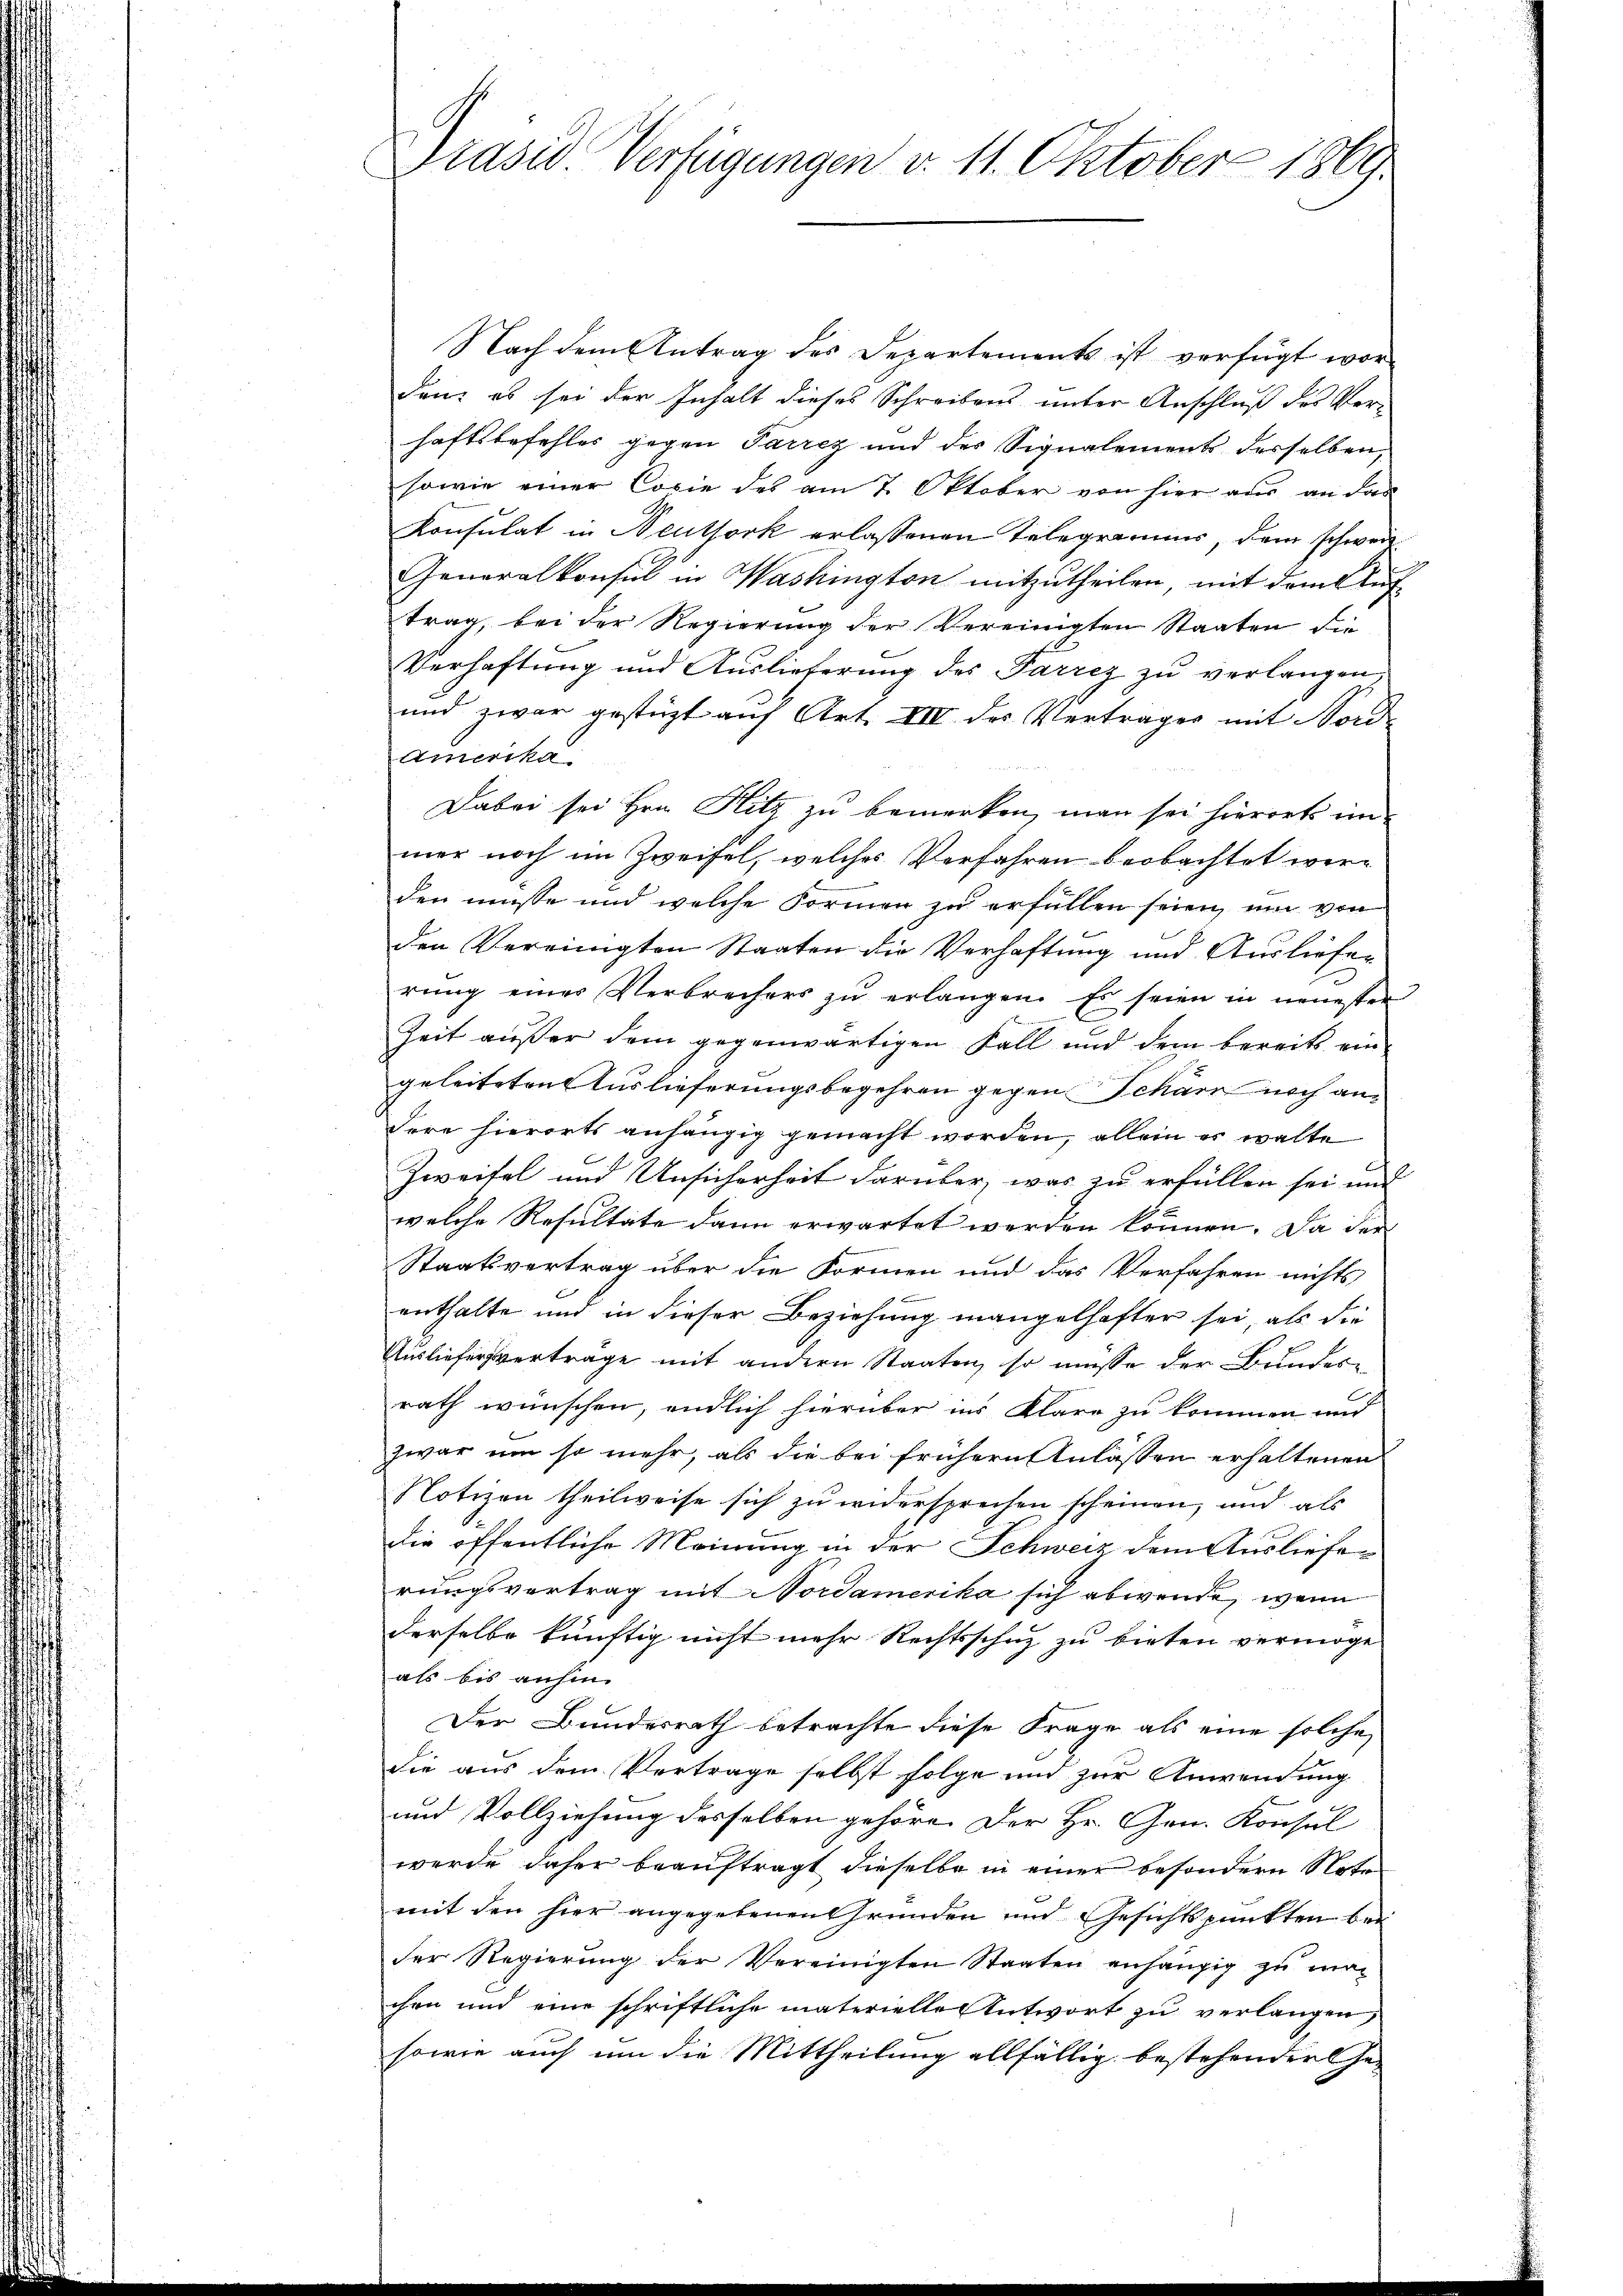
Präsid Verfügungen v. 11. Oktober 1869.

Nach dem Antrag des Departements ist verfügt wor-
den: es sei der Inhalt dieses Schreibens unter Anschluß des Verhaftsbefehles gegen Parrez und der Signalements derselben,
sowie einer Copie des am 7. Oktober von hier aus an das
Konsulat in Neuthork erlassenen Telegrammer, dem schweil
Generalkonsul in Washington mitzutheilen, mit deinkauf
trag, bei der Regierung der Vereinigten Staaten die
Verhaftung und Auslieferung des Parrez zu verlangen,
und zwar gestüzt auf Art. III des Verträger mit Nord-
Amerika
Dabei sei Hrn. Hitz zu bemerken, man sei hierorts im
mer noch im Zweifel, welches Verfahren beobachtet werden müsse und welche Formen zu erfüllen seien, um von
den Vereinigten Staaten die Verhaftung und Ausliefer
rung einer Verbrechers zu erlangen. Es seien in neuester
Zeit außer dem gegenwärtigen Fall und dem bereits eingeleiteten Auslieferungsbegehren gegen Scharr noch andere hierorts anhängig gemacht worden, allein es walte
Zweifel und Unsicherheit darüber, was zu erfüllen sei und
welche Resultate dann erwartet werden können. Da der
Staatsvertrag über die Formen und das Verfahren nichts
enthalte und in dieser Beziehung mangelhafter sei, als die
Ausliefersvertrage mit andern Staaten, so müsse der Bundes¬
E
rath wünschen, endlich hierüber ins Klare zu kommen und
zwar um so mehr, als die bei frühern Anlassen erhaltenen
Notizen theilweise sich zu widersprechen scheinen, und als
die öffentliche Meinung in der Schweiz dem Auslieferungsvertrag mit Nordamerika sich abwende, wenn
derselbe künftig nicht mehr Rechtsschutz zu bieten vermöge
als bis anhin
Der Bundesrath betrachte diese Frage als eine solche
die aus dem Vertrage selbst folge und zur Anwendung
und Vollziehung desselben gehöre. Der Hr. Gen. Konsul
werde daher beauftragt dieselbe in einer besondern Noten
mit den hier angegebenen Gründen und Gesichtspunkten bei
der Regierung der Vereinigten Staaten anhängig zu machen und eine schriftliche materielle Antwort zu verlangen,
sowie auch um die Mittheilung allfällig bestehender Ge-